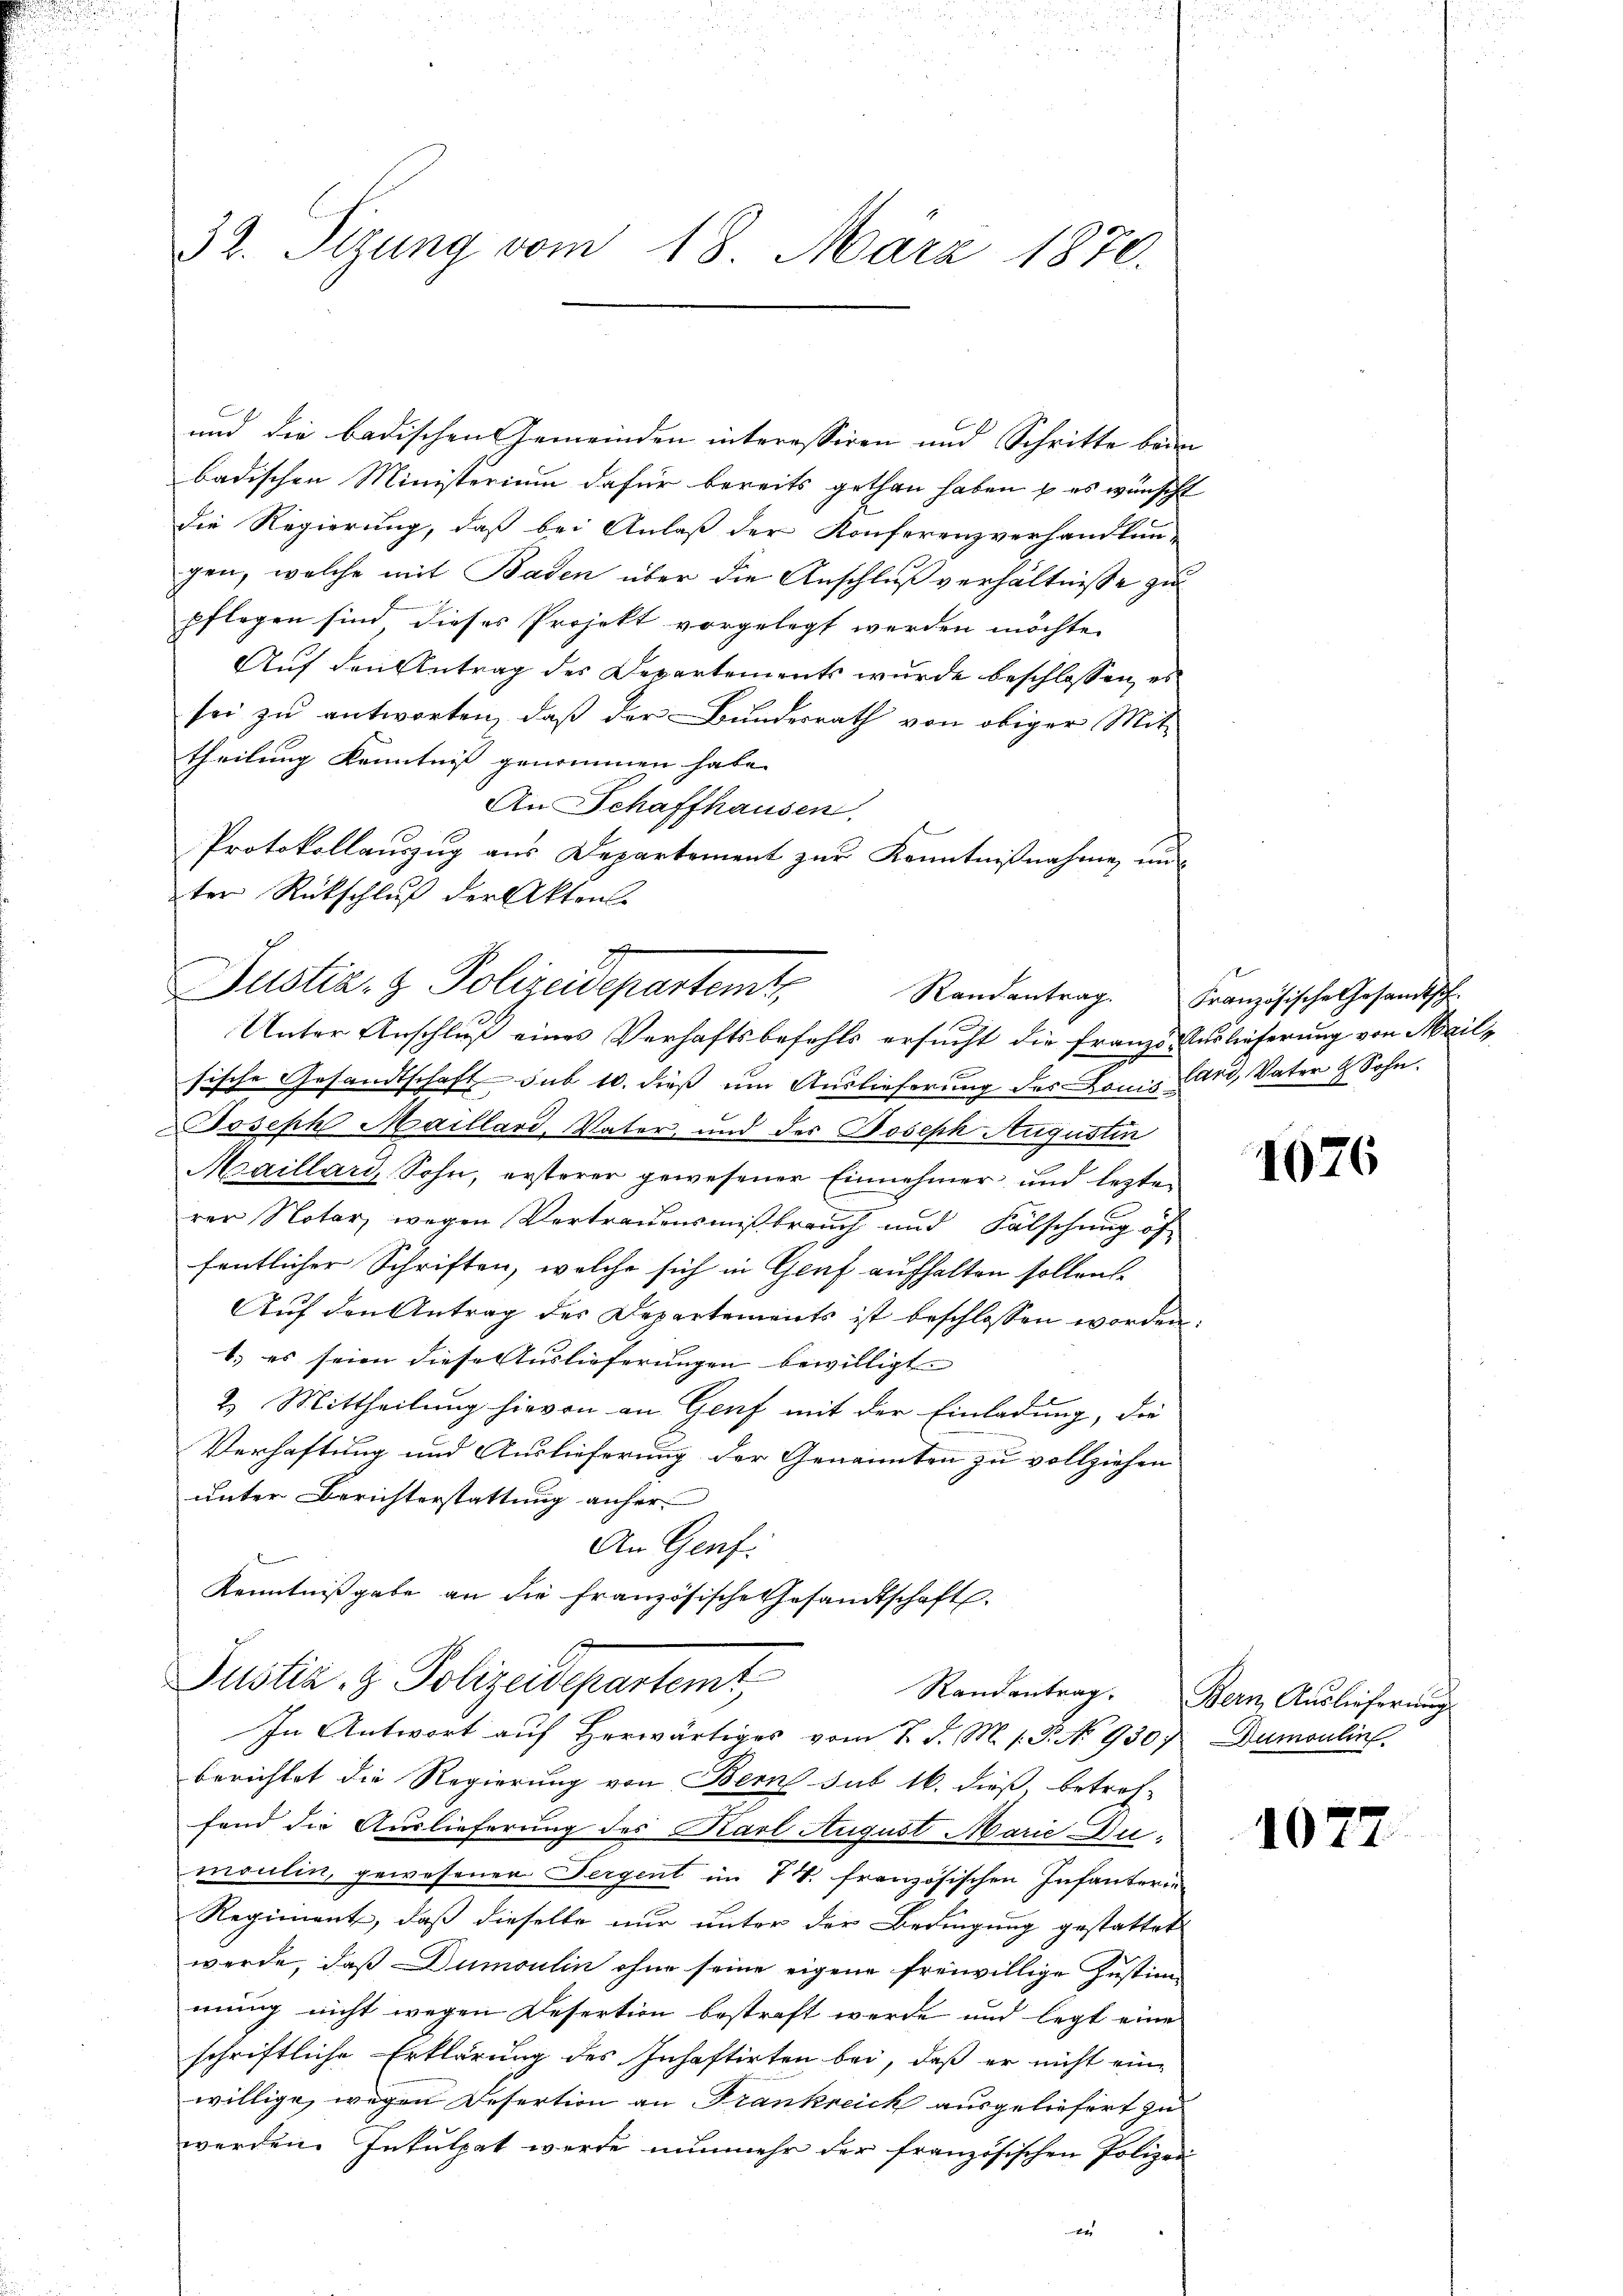
32. Sizung vom 18. März 1870.

und die badischen Gemeinden interessiren und Schritte bede
badischen Ministerium dafür bereits gethan haben, u. es wünscht
die Regierung, daß bei Anlaß der Konferenzverhandlun-
gen, welche mit Baden über die Anschluß verhältnisse zu
pflogen sind dieses Projekt vorgelegt werden möchte.
Auf den Antrag des Departements wurde beschlossen, es
sei zu antworten, daß der Bundesrath von obiger Mit-
theilung Kenntnis genommen habe.
An Schaffhausen
l
Protokollauszug aus Departement zur Kenntnißnahme und
ter Rückschluß der Aktens
Justiz- & Polizeidepartemt
sische Gesandtschaft sub 10. dieß um Auslieferung des Louis land, Vater & Sohn.
Joseph Maillard, Vater, und der Joseph Augustin
Maillari, Sohn, ersterer gewesener Einnehmer und lezten
ren Notar, wegen Vertrauensmißbrauch und Fälschung öf
fentlicher Schriften, welche sich in Graf aufhalten sollen
Auf den Antrag des Departements ist beschlossen worden:
1.) es seien diese Auslieferungen bewilligt.
2. Mittheilung hievon an Genf mit der Einladung, die
Verhaftung und Auslieferung der Genannten zu vollziehen
unter Berichterstattung anher
An Genf.
Kenntnißgabe an die französische Gesandtschaft.
Justiz- & Polizeidepartemt,
In Antwort auf Herwärtiges vom 7. d. M. 1. P. No 9307
berichtet die Regierung von Bern sub 16. dieß betref-
fend die Auslieferung des Karl August Marie Dumoulin, gewesenen Sergent im 7. französischen Infanterin
Regiment, daß dieselbe nur unter der Bedingung gestattet
werde, daß Dumoulin ohne seine eigene freiwillige Justimmung nicht wegen Desertion bestraft werde und legt eine
schriftliche Erklärung des Inhaftirten bei, daß er nicht einwillige, wegen Desertion an Frankreich ausgeliefert zu
werden. Inkulpat werde nunmehr der französischen Polizei

d
Unter Anschluß eines Verhaftsbefehls ersucht die Franzs Auslieferung von Mail¬

Randantrag. Französische Gesandtsch-

1076

Randantrag. Bern Auslieferung
Dumoulin

1077